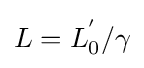
L=L_{0}^{'}/\gamma